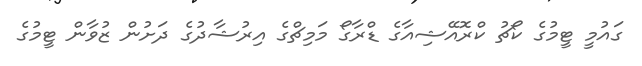
ގައުމީ ޓީމުގެ ކޯޗު ކްރޮއޭޝިއާގެ ޑްރާގޯ މަމިޗްގެ އިރުޝާދުގެ ދަށުން ޒުވާން ޓީމުގެ